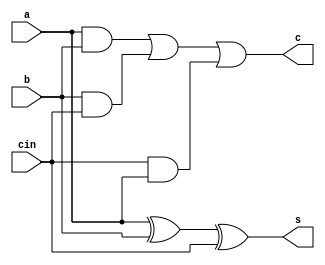
`timescale 1ns / 1ps
//////////////////////////////////////////////////////////////////////////////////
// Company: 
// Engineer: 
// 
// Design Name: 
// Module Name:    fa_12 
// Project Name: 
// Target Devices: 
// Tool versions: 
// Description: 
//
// Dependencies: 
//
// Revision: 
// Revision 0.01 - File Created
// Additional Comments: 
//
//////////////////////////////////////////////////////////////////////////////////
module fa_12(
    input a,
    input b,
    input cin,
    output s,
    output c
    );
	 
	 assign s=a^b^cin;
	 assign c=(a&b)|(b&cin)|(cin&a);


endmodule